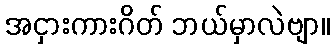
အငှားကားဂိတ် ဘယ်မှာလဲဗျာ။